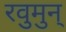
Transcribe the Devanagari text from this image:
रवुुमुन्